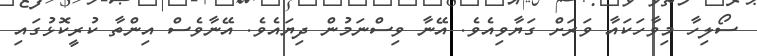
ސޯލިހާ މިވާހަކައާ ވަރަށް ގަޔާވިއެވެ. އޭނާ ވިސްނަމުން ދިޔައެވެ. އޭނާވެސް އިންތާ ކުރީކޮޅުގައި